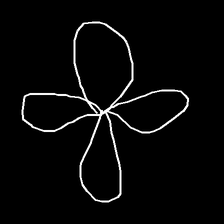
Glyph: billowing